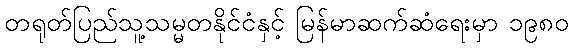
တရုတ်ပြည်သူ့သမ္မတနိုင်ငံနှင့် မြန်မာဆက်ဆံရေးမှာ ၁၉၈၀